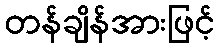
တန်ချိန်အားဖြင့်